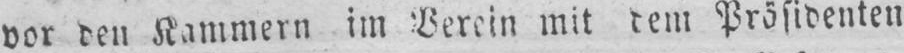
Präsidenten